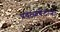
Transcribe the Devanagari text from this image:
प्रवाळबेटांना